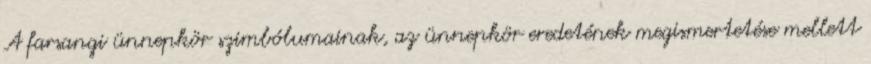
A farsangi ünnepkör szimbólumainak, az ünnepkör eredetének megismertetése mellett